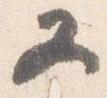
又